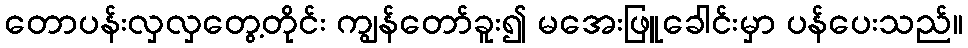
တောပန်းလှလှတွေ့တိုင်း ကျွန်တော်ခူး၍ မအေးဖြူခေါင်းမှာ ပန်ပေးသည်။